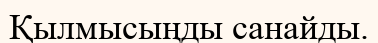
Қылмысыңды санайды.